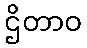
ဌိတာဝ